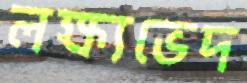
লক্ষ্যভেদ